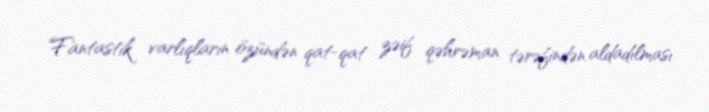
Fantastik varlıqların özündən qat-qat zəif qəhrəman tərəfindən aldadılması